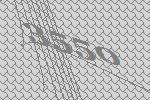
3550